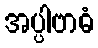
အပ္ပါဗာဓံ